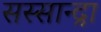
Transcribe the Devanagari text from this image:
सस्सान्द्रा